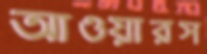
আওয়ারস